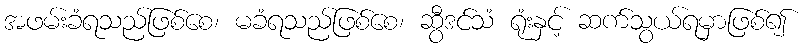
အဖမ်းခံရသည်ဖြစ်စေ၊ မခံရသည်ဖြစ်စေ၊ ဆွီဒင်သံ ရုံးနှင့် ဆက်သွယ်ရမှာဖြစ်၍